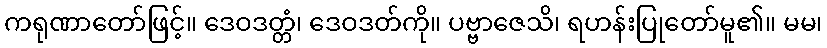
ကရုဏာတော်ဖြင့်။ ဒေဝဒတ္တံ၊ ဒေဝဒတ်ကို။ ပဗ္ဗာဇေသိ၊ ရဟန်းပြုတော်မူ၏။ မမ၊